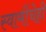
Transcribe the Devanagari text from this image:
स्वामींचेही